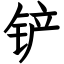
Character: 铲